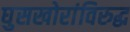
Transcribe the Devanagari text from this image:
घुसखोरांविरुद्ध